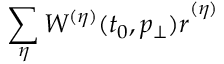
\sum _ { \eta } ^ { } { { W ^ { ( \eta ) } ( t _ { 0 } , p _ { \bot } ) } \boldsymbol { r } } ^ { ( \eta ) }